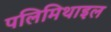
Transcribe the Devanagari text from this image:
पलिमिथाइल